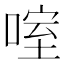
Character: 㗌